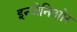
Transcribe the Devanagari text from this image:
इन्जेनिओर